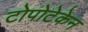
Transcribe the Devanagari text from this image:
टोपोटेकेन